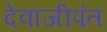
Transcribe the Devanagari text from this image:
देवाजीपंत